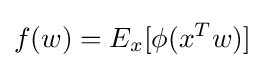
f(w)=E_{x}[\phi (x^{T}w)]